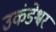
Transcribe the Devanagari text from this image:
उकंडेश्वर